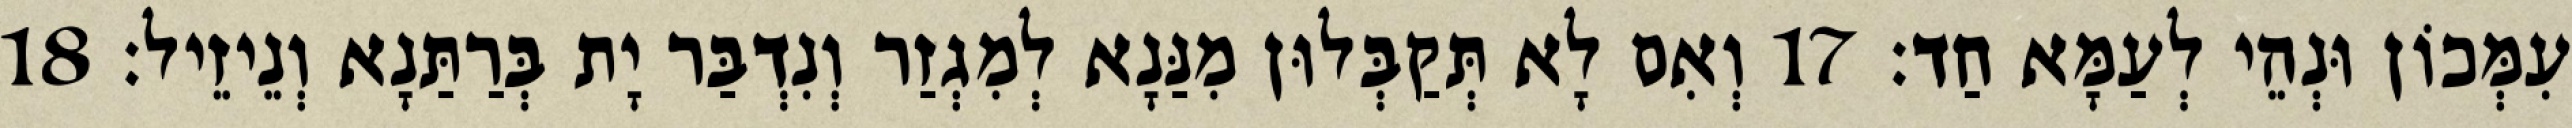
עִמְּכוֹן וּנְהֵי לְעַמָּא חַד׃ 17 וְאִם לָא תְּקַבְּלוּן מִנַּנָא לְמִגְזַר וְנִדְבַּר יָת בְּרַתַּנָא וְנֵיזֵיל׃ 18